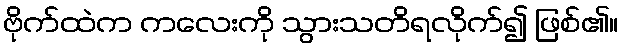
ဗိုက်ထဲက ကလေးကို သွားသတိရလိုက်၍ ဖြစ်၏။